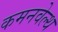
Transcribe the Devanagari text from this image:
कमनवेल्थ